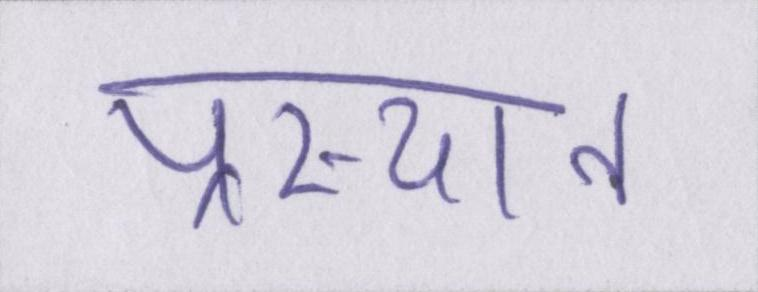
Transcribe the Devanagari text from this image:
प्रस्थान